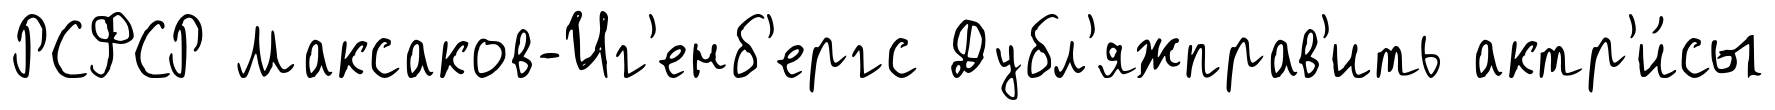
РСФСР Максаков-Иг'енб'ергс Дубл'яжправ'ить актр'и́сы